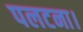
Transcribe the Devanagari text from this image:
पलटना।